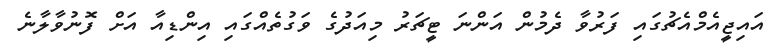
އައިޖީއެމްއެޗުގައި ފަރުވާ ދެމުން އަންނަ ޓީޗަރު މިއަދުގެ ވަގުތެއްގައި އިންޑިއާ އަށް ފޮނުވާލާނެ